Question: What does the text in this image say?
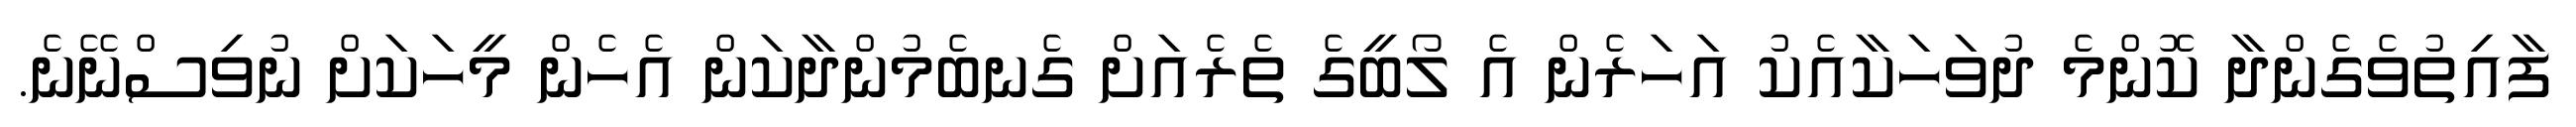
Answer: ފާއިތުވެގެންދާ ކޮންމެ ދުވަހަކާއެކު އަހަރެން އެ ލޯބީގެ ތެރެއަށް ގެނބެމުންދާކަން އެހެން މީހަކަށް ނުވިސްނޭނެ.